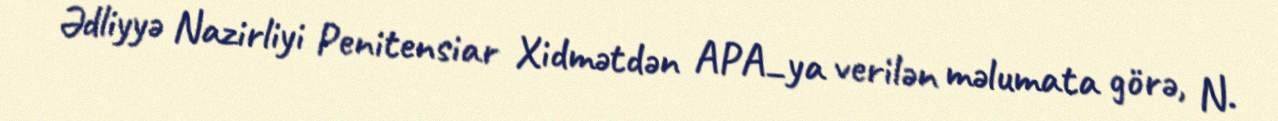
Ədliyyə Nazirliyi Penitensiar Xidmətdən APA_ya verilən məlumata görə, N.